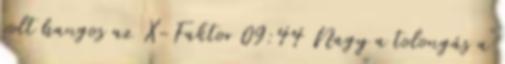
volt hangos az X-Faktor 09:44 Nagy a tolongás a